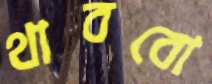
থাববো